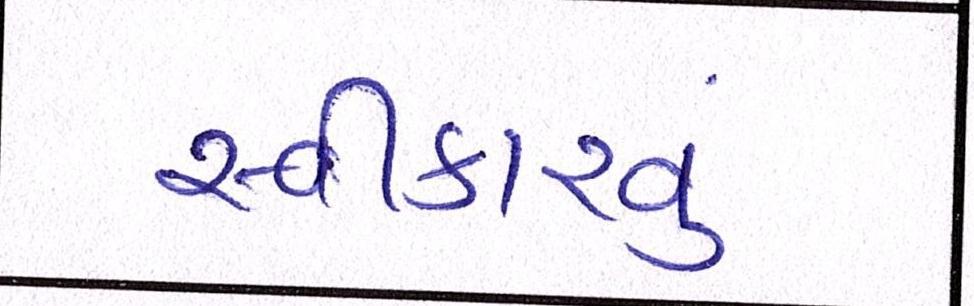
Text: સ્વીકારવું